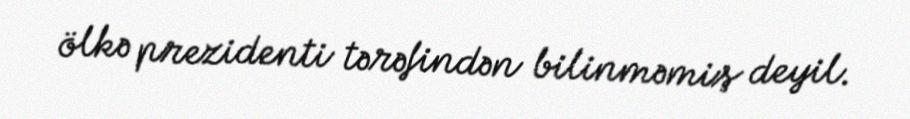
ölkə prezidenti tərəfindən bilinməmiş deyil.